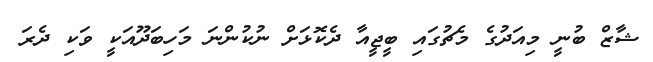
ޝާޒް ބުނީ މިއަދުގެ މެޗުގައި ބީޖީއާ ދެކޮޅަށް ނުކުންނަ މަހިބަދޫއަކީ ވަކި ދެރަ